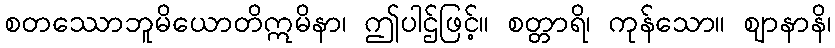
စတဿောဘူမိယောတိဣမိနာ၊ ဤပါဌ်ဖြင့်။ စတ္တာရိ၊ ကုန်သော။ ဈာနာနိ၊